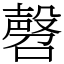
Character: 㲈